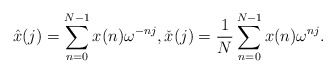
\begin{align*}\hat{x}(j)= \sum_{n=0}^{N-1} x(n) \omega^{-nj}, \check{x}(j) = \frac{1}{N}\sum_{n=0}^{N-1} x(n) \omega^{nj}.\end{align*}